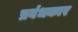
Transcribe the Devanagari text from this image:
प्रबंधकार